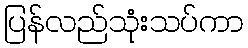
ပြန်လည်သုံးသပ်ကာ